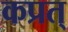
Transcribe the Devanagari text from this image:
कप्रत्